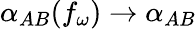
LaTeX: \alpha_{AB}(f_{\omega})\rightarrow\alpha_{AB}